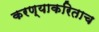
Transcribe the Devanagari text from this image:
करण्याकरिताच